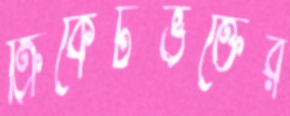
ক্রিকেটভক্তের